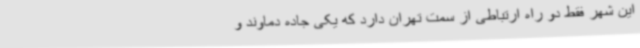
این شهر فقط دو راه ارتباطی از سمت تهران دارد که یکی جاده دماوند و